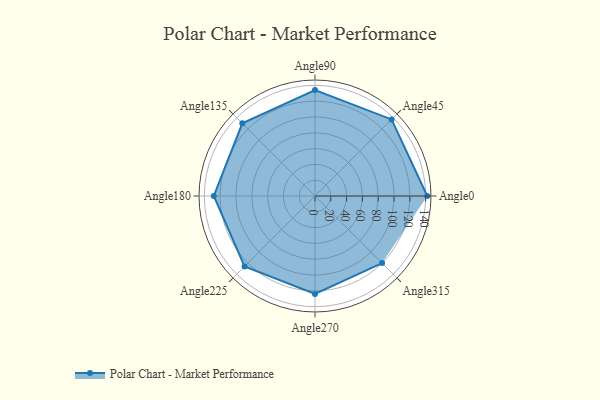
{"axis": {"x": "Angle", "y": "Radius"}, "legend": [""], "data": [{"x": "Angle0", "y": 142.0, "type": ""}, {"x": "Angle45", "y": 137.0, "type": ""}, {"x": "Angle90", "y": 134.0, "type": ""}, {"x": "Angle135", "y": 130.0, "type": ""}, {"x": "Angle180", "y": 128.0, "type": ""}, {"x": "Angle225", "y": 126.0, "type": ""}, {"x": "Angle270", "y": 124.0, "type": ""}, {"x": "Angle315", "y": 120.0, "type": ""}]}